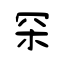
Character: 罙